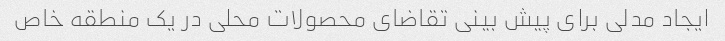
ایجاد مدلی برای پیش بینی تقاضای محصولات محلی در یک منطقه خاص